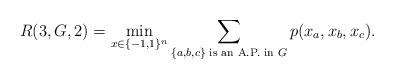
LaTeX: \begin{align*}R(3,G,2)= \min_{x \in \{-1,1\}^{n}} \displaystyle\sum_{\{a,b,c\} \textrm{ is an A.P. in } G}p(x_a,x_b,x_c).\end{align*}